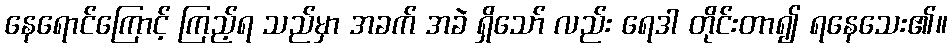
နေရောင်ကြောင့် ကြည့်ရ သည်မှာ အခက် အခဲ ရှိသော် လည်း ရေဒါ တိုင်းတာ၍ ရနေသေး၏။